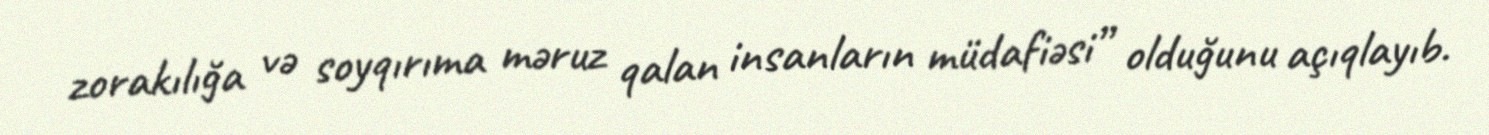
zorakılığa və soyqırıma məruz qalan insanların müdafiəsi” olduğunu açıqlayıb.